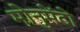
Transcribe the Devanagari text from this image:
मोनुमेंटो